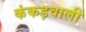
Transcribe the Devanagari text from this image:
कंकड़वाली